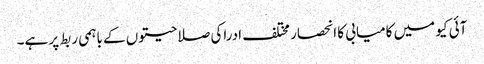
آئی کیو میں کامیابی کا انحصار مختلف ادراکی صلاحیتوں کے باہمی ربط پر ہے۔